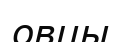
овцы